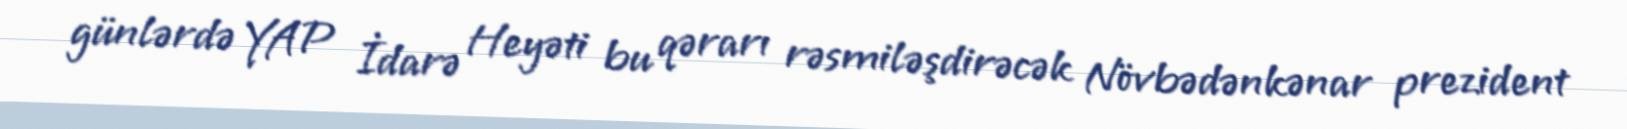
günlərdə YAP İdarə Heyəti bu qərarı rəsmiləşdirəcək Növbədənkənar prezident